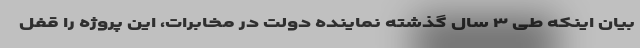
بیان اینکه طی ۳ سال گذشته نماینده دولت در مخابرات، این پروژه را قفل